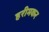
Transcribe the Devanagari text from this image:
हरीमकर